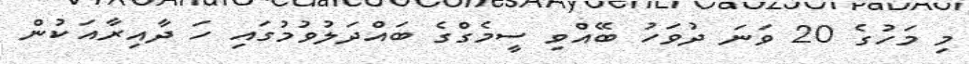
މި މަހުގެ 20 ވަނަ ދުވަހު ބޭއްވި ސީމެގްގެ ބައްދަލުވުމުގައި ހަ ދާއިރާއަކުން